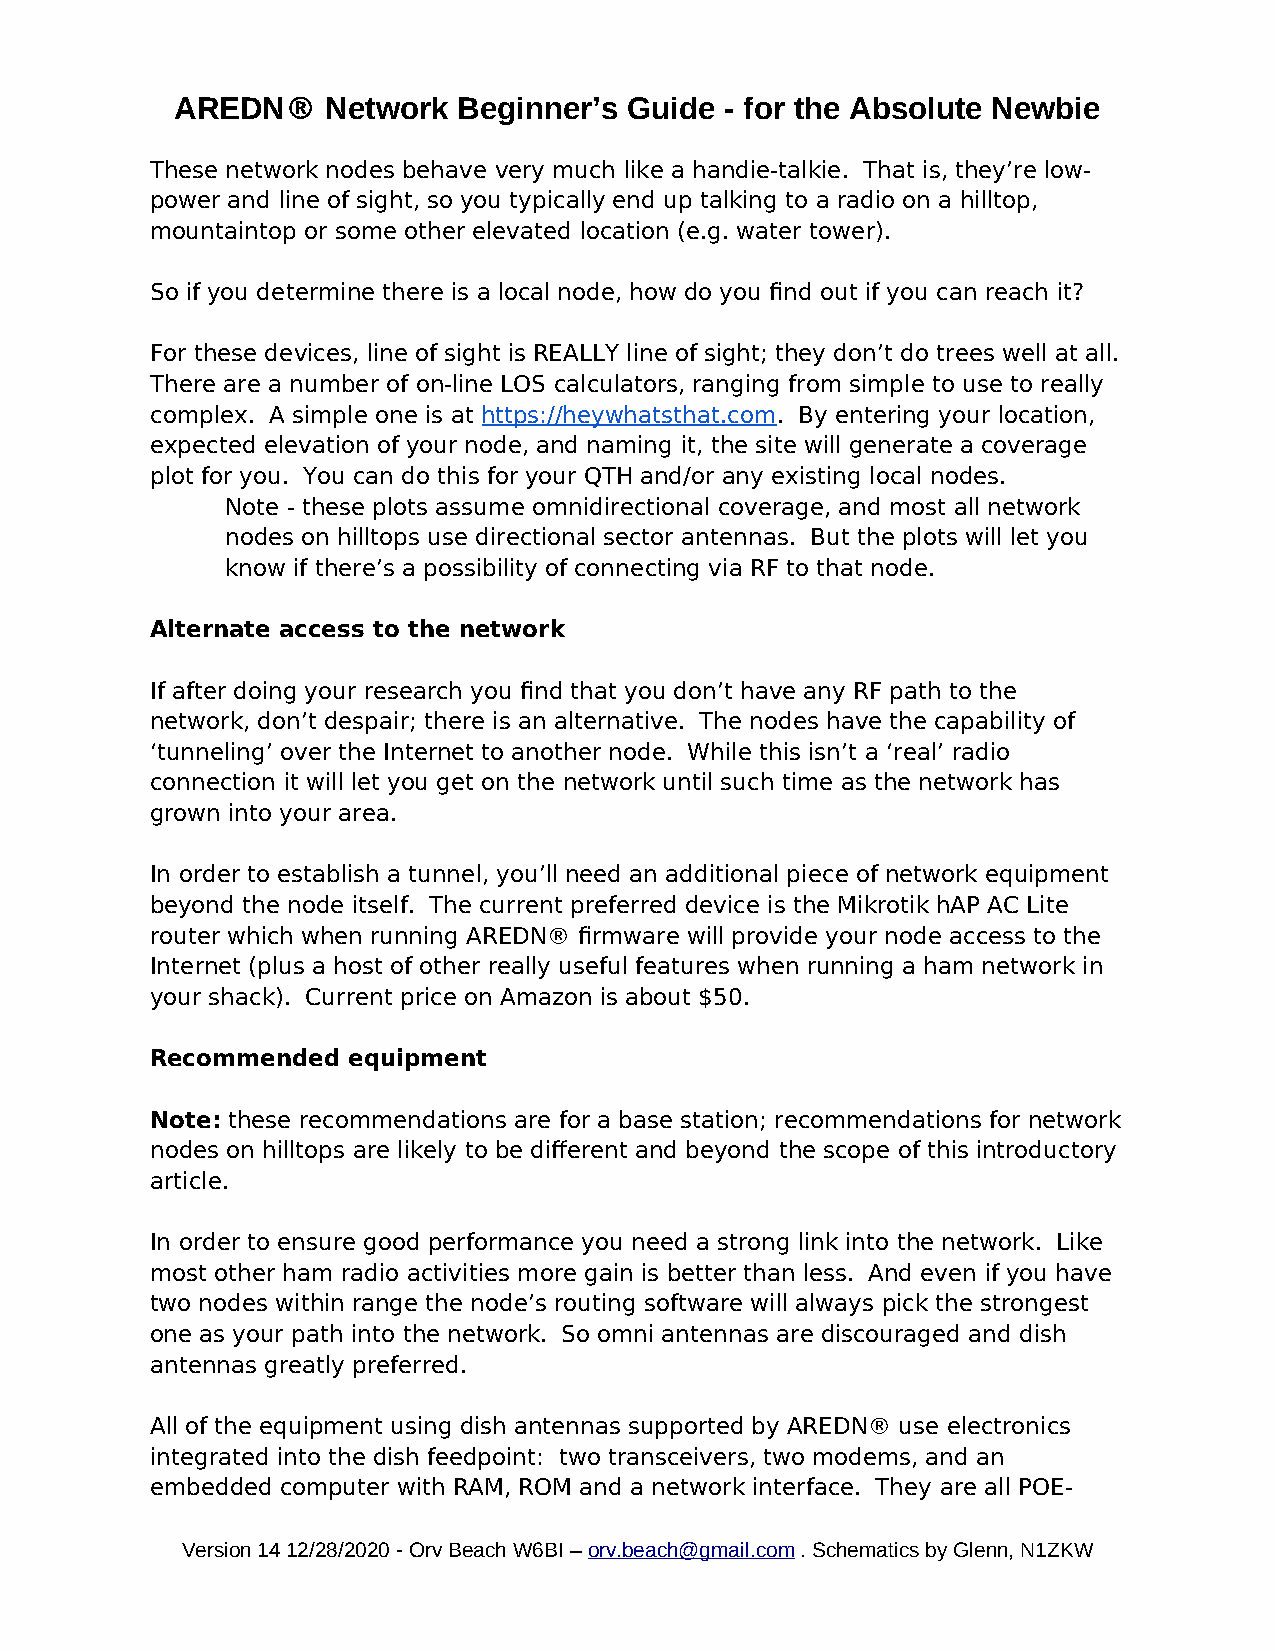
AREDN®    Network Beginner’s  Guide - for the Absolute Newbie
 These network nodes behave very much like a handie-talkie. That is, they’re low-
 power and line of sight, so you typically end up talking to a radio on a hilltop,
 mountaintop or some other elevated location (e.g. water tower).
 So if you determine there is a local node, how do you find out if you can reach it?
 For these devices, line of sight is REALLY line of sight; they don’t do trees well at all.
 There are a number of on-line LOS calculators, ranging from simple to use to really
 complex. A simple one is at https://heywhatsthat.com. By entering your location,
 expected elevation of your node, and naming it, the site will generate a coverage
 plot for you. You can do this for your QTH and/or any existing local nodes.
 Note - these plots assume omnidirectional coverage, and most all network
 nodes on hilltops use directional sector antennas. But the plots will let you
 know if there’s a possibility of connecting via RF to that node.
 Alternate access to the network
 If after doing your research you find that you don’t have any RF path to the
 network, don’t despair; there is an alternative. The nodes have the capability of
 ‘tunneling’ over the Internet to another node. While this isn’t a ‘real’ radio
 connection it will let you get on the network until such time as the network has
 grown into your area.
 In order to establish a tunnel, you’ll need an additional piece of network equipment
 beyond the node itself. The current preferred device is the Mikrotik hAP AC Lite
 router which when running AREDN® firmware will provide your node access to the
 Internet (plus a host of other really useful features when running a ham network in
 your shack). Current price on Amazon is about $50.
 Recommended  equipment
 Note: these recommendations are for a base station; recommendations for network
 nodes on hilltops are likely to be different and beyond the scope of this introductory
 article.
 In order to ensure good performance you need a strong link into the network. Like
 most other ham radio activities more gain is better than less. And even if you have
 two nodes within range the node’s routing software will always pick the strongest
 one as your path into the network. So omni antennas are discouraged and dish
 antennas greatly preferred.
 All of the equipment using dish antennas supported by AREDN® use electronics
 integrated into the dish feedpoint: two transceivers, two modems, and an
 embedded computer with RAM, ROM and a network interface. They are all POE-
 Version 14 12/28/2020 - Orv Beach W6BI – orv.beach@gmail.com . Schematics by Glenn, N1ZKW